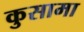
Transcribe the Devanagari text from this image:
कुसामा